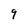
Character: 9